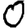
Digit: 0